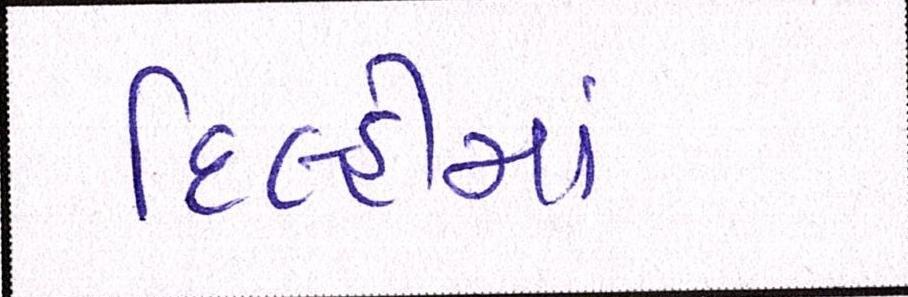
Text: દિલ્હીમાં